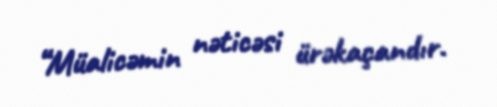
“Müalicəmin nəticəsi ürəkaçandır.